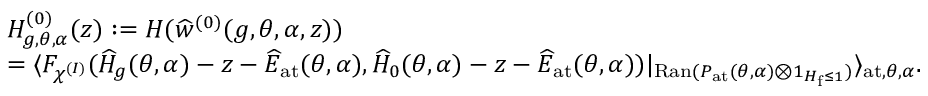
\begin{array} { r l } & { H _ { g , \theta , \alpha } ^ { ( 0 ) } ( z ) : = H ( \widehat { w } ^ { ( 0 ) } ( g , \theta , \alpha , z ) ) } \\ & { = \langle F _ { \chi ^ { ( I ) } } ( \widehat { H } _ { g } ( \theta , \alpha ) - z - \widehat { E } _ { \mathrm { a t } } ( \theta , \alpha ) , \widehat { H } _ { 0 } ( \theta , \alpha ) - z - \widehat { E } _ { \mathrm { a t } } ( \theta , \alpha ) ) | _ { \mathrm { R a n } ( P _ { \mathrm { a t } } ( \theta , \alpha ) \otimes 1 _ { H _ { \mathrm { f } } \leq 1 } ) } \rangle _ { \mathrm { a t } , \theta , \alpha } . } \end{array}